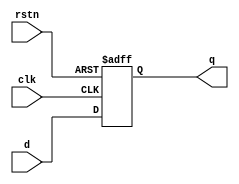
module dff (    input d,
                input rstn,
                input clk,
                output reg q);
    
    always @ (posedge clk or negedge rstn)
        if(!rstn)
            q <= 0;
        else
            q <= d;
endmodule